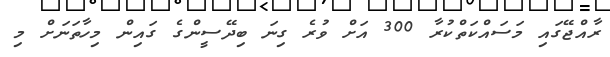
ރާއްޖޭގައި މަސައްކަތްކުރާ 300 އަށް ވުރެ ގިނަ ބިދޭސީންގެ ގައިން މިހާތަނަށް މި